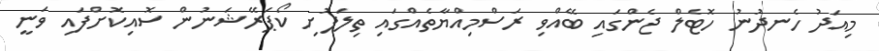
މިއަދު ހެނދުނު ހޮޓެލް ޖެންގައި ބޭއްވި ރަސްމިއްޔާތެއްގައި ތިލަފުށި ކޯޕަރޭޝަނުން ސޮއިކޮށްފައި ވަނީ